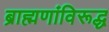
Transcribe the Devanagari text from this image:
ब्राह्मणांविरूद्ध